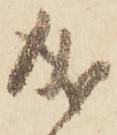
成